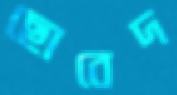
ছোবেদ